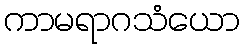
ကာမရာဂသံယော